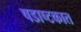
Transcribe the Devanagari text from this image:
षडाष्टकात